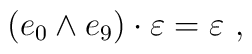
\left( e_0 \wedge e_9\right) \cdot \varepsilon = \varepsilon~,